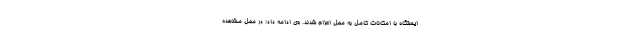
ایستگاه با امکانات کامل به محل اعزام شدند. وی ادامه داد: در محل مشاهده